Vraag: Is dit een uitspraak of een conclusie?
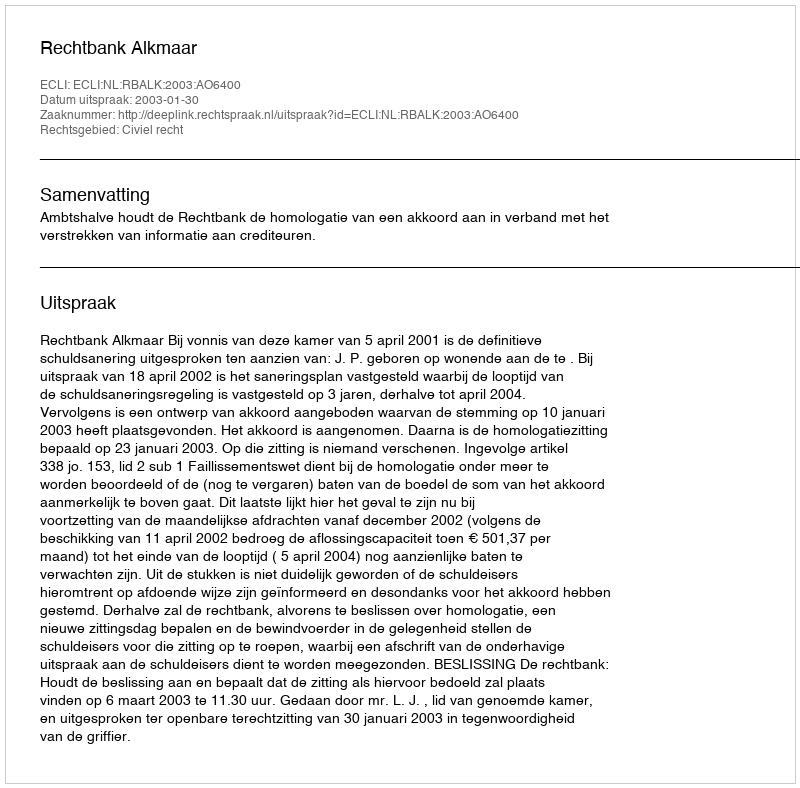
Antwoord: Uitspraak